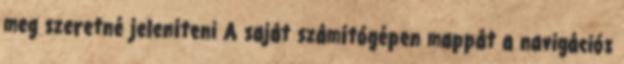
meg szeretné jeleníteni A saját számítógépen mappát a navigációs